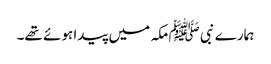
ہمارے نبی ﷺ مکہ میں پیدا ہوئے تھے۔